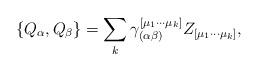
LaTeX: \begin{align*}\{Q_\alpha,Q_\beta\}=\sum\limits_{k} \gamma^{[\mu_1\cdots\mu_k]}_{(\alpha \beta)}Z_{[\mu_1\cdots \mu_k]},\end{align*}